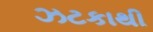
ઝટકાથી